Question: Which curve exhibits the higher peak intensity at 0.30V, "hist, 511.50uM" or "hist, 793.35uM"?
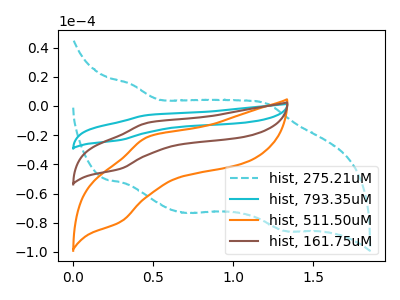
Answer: <think>The cyan dashed curve "hist, 275.21uM" has anodic peaks at (0.35V, 14.75uA) (1.20V, 1.65uA) and cathodic peaks at (0.70V, -73.25uA) (1.35V, -85.70uA). The cyan curve "hist, 793.35uM" has an anodic peak at (0.45V, -22.95uA) and a cathodic peak at (0.30V, -86.05uA). The orange curve "hist, 511.50uM" has an anodic peak at (0.45V, -21.20uA) and a cathodic peak at (0.30V, -79.40uA). The brown curve "hist, 161.75uM" has an anodic peak at (0.45V, -11.50uA) and a cathodic peak at (0.30V, -43.00uA).</think>
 <answer>The peak at 0.30V is lower in "hist, 511.50uM" than in "hist, 793.35uM".</answer>
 <eval>lower</eval>